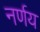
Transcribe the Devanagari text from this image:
नर्णय